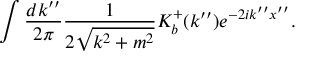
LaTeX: \int \frac { d k ^ { \prime \prime } } { 2 \pi } \frac { 1 } { 2 \sqrt { k ^ { 2 } + m ^ { 2 } } } K _ { b } ^ { + } ( k ^ { \prime \prime } ) e ^ { - 2 i k ^ { \prime \prime } x ^ { \prime \prime } } .